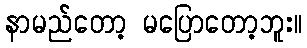
နာမည်တော့ မပြောတော့ဘူး။